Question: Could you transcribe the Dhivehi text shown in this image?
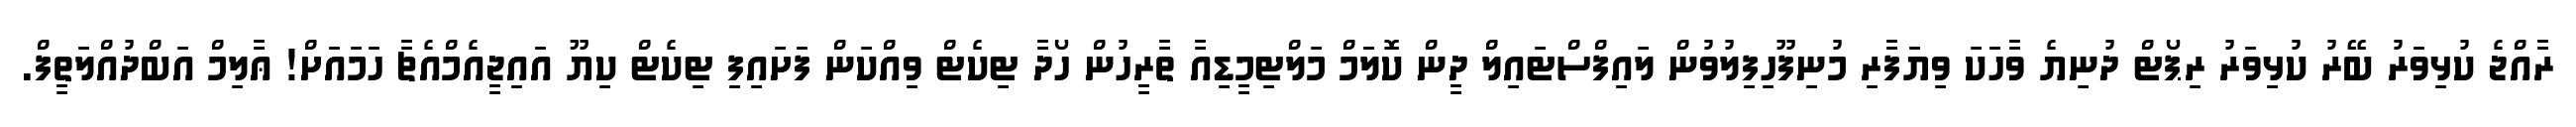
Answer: ރާއްޖެ ކުޅިވަރު ބޭރު ކުޅިވަރު ރިޕޯޓް ދުނިޔެ ވާހަކަ ވިޔަފާރި މުނިފޫހިފިލުވުން ލައިފްސްޓައިލް ދީން ކޮލަމް މަލްޓިމީޑިއާ ތާރީހުން ހޯދާ ޓިކެޓް ވިއްކަން ފަށައިފި ޓިކެޓް ކިޔޫ އައިޖީއެމްއެޗާ ހަމައަށް! ޢާލިމް އަބްދުއްލަތީފް.